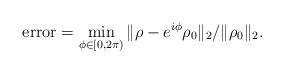
LaTeX: \begin{align*} \textrm{error} = \min_{\phi\in[0,2\pi)}\|\rho-e^{i\phi}\rho_0 \|_2/\|\rho_0\|_2.\end{align*}